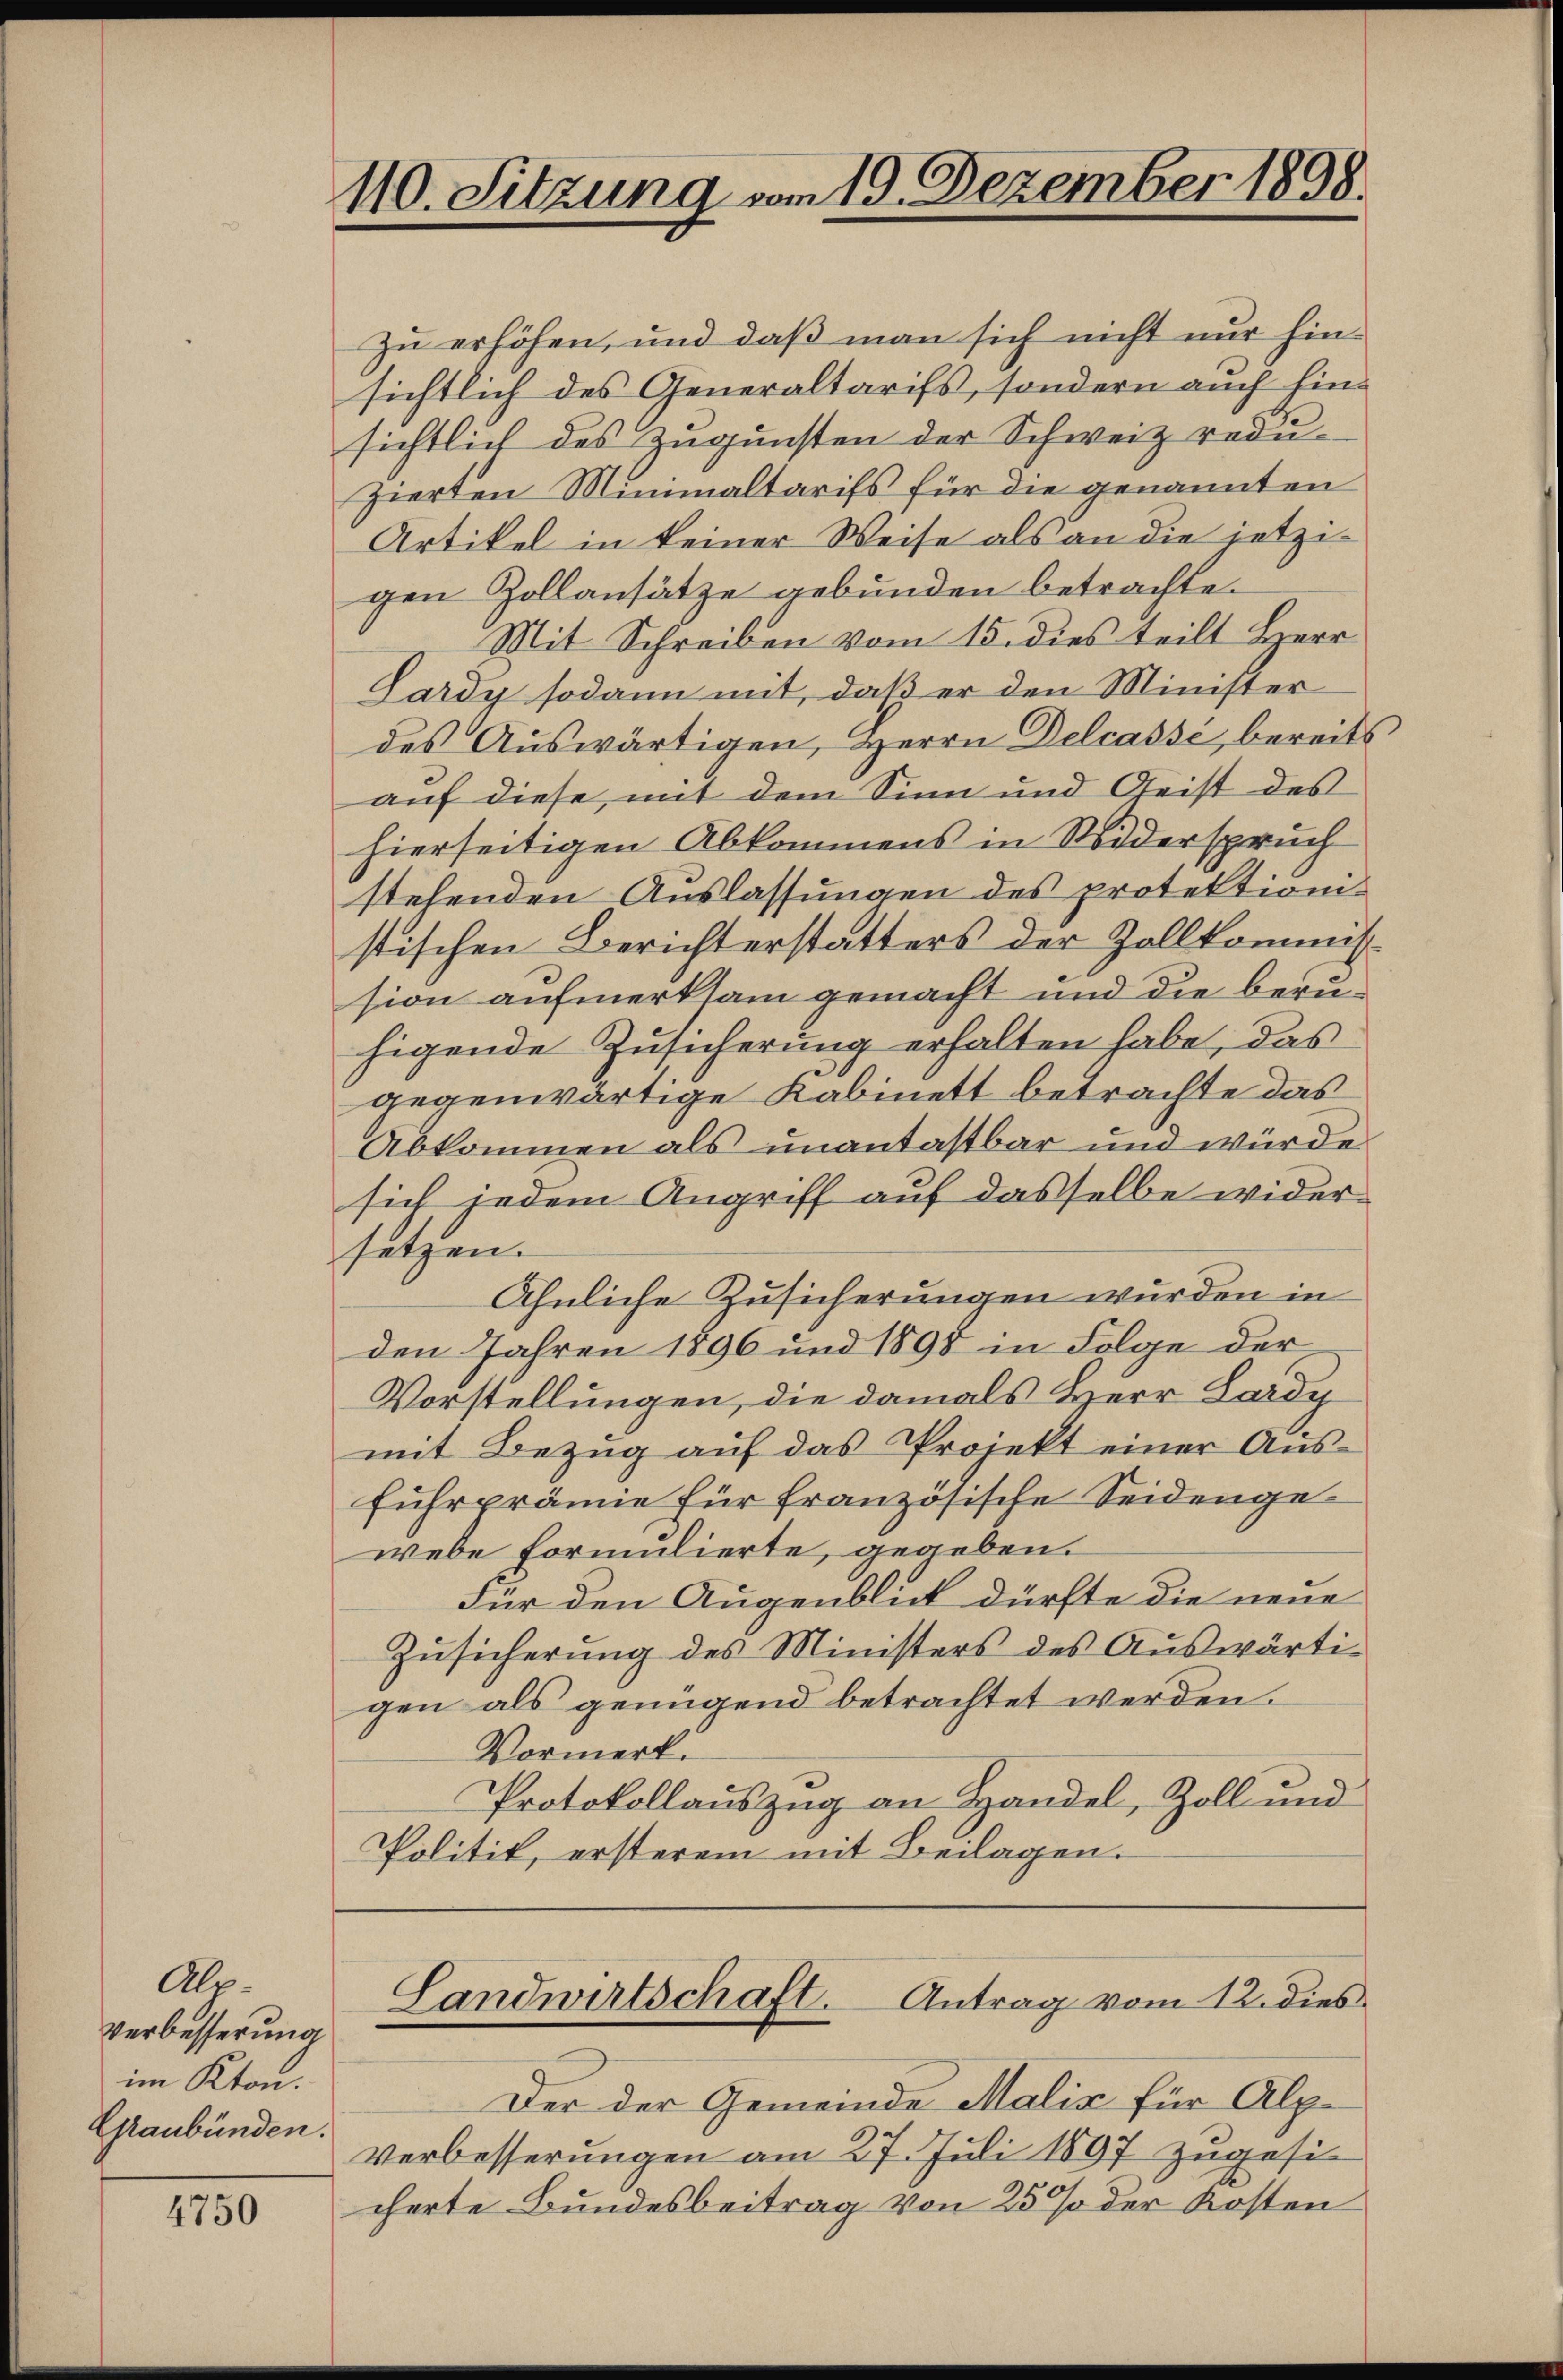
Als-
Verbesserung
im Kton.
Graubünden.

4750

110. Sitzung vom 19. Dezember 1898.

Zu erhöhen, und daß man sich nicht nur hinsichtlich des Generaltarifs, sondern auch hinsichtlich des Zugunsten der Schweiz reduzierten Munialtarifs für die genannten
Artikel in keiner Weise als an die jetzigen Zollansätze gebunden betrachte.
Mit Schreiben vom 15. dies teilt Bierr
Lardy sodann mit, daß er den Minister
des Auswärtigen, Herrn Delcassi, bereits
auf diese mit dem Sinn und Geist des
hierseitigen Abkommens in Widerspruch
stehenden Auslassungen des protektion
stischen Berichterstatters der Zollkommission aufmerksam gemacht und die beruhigende Zusicherung erhalten habe, das
gegenwärtige Kabinett betrachte das
Abkommen als unantastbar und würde
sich jedem Angriff auf dasselbe widersetzen.
Ähnliche Zusicherungen wurden in
den Jahren 1896 und 1898 in Folge der
Vorstellungen, die damals Herr Lardy
mit Bezug auf das Projekt einer Ausfuhrprämie für französische Seidengewebe formulierte, gegeben.
Für den Augenblick dürfte die neue
Zŭsicherŭng des Ministers des Aŭswärti-
gen als genügend betrachtet werden.
Vormerk.
Protokollauszug an Handel, Zoll und
Politik, ersterem mit Beilagen.

Landwirtschaft. Antrag vom 12. dies

Der der Gemeinde Malis für Alp¬
Verbesserungen am 27. Juli 1897 zugesi
cherte Bundesbeitrag von 25% der Kosten